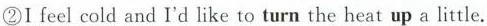
②I feel cold and I'd like to turn the heat up a little.